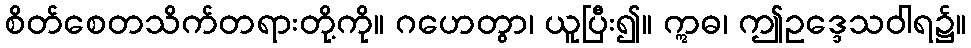
စိတ်စေတသိက်တရားတို့ကို။ ဂဟေတွာ၊ ယူပြီး၍။ ဣဓ၊ ဤဥဒ္ဒေသဝါရ၌။